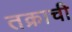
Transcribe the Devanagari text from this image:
तक्राची